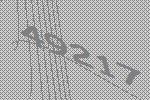
49217